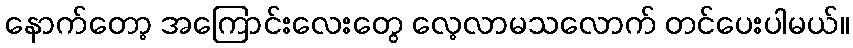
နောက်တော့ အကြောင်းလေးတွေ လေ့လာမသလောက် တင်ပေးပါမယ်။